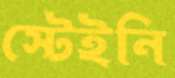
স্টেইনি